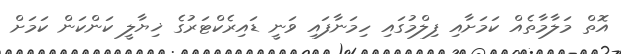
އޮތް މަލާމާތެއް ކަމަށާއި ފިލްމުގައި ހިމަނާފައި ވަނީ ޑައިރެކްޓަރުގެ ޚިޔާލީ ކަންކަން ކަމަށް